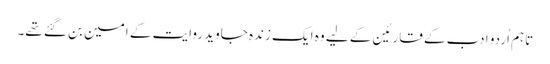
تاہم اُردو ادب کے قارئین کے لیے وہ ایک زندہ جاوید روایت کے امین بن گئے تھے۔